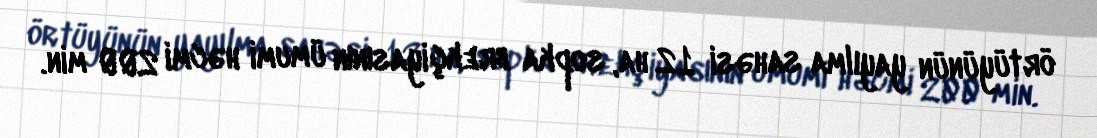
örtüyünün yayılma sahəsi 12 ha, sopka brekçiyasının ümumi həcmi 200 min.